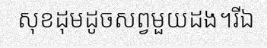
សុខដុមដូចសព្វមួយដង។រីឯ